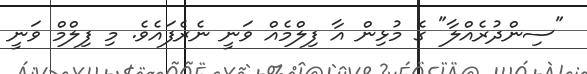
"ސިންދުރެއްލާ" ގެ މުޅިން އާ ފިލްމެއް ވަނީ ނެރެފައެވެ. މި ފިލްމް ވަނީ